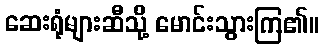
ဆေးရုံများဆီသို့ မောင်းသွားကြ၏။